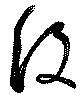
没